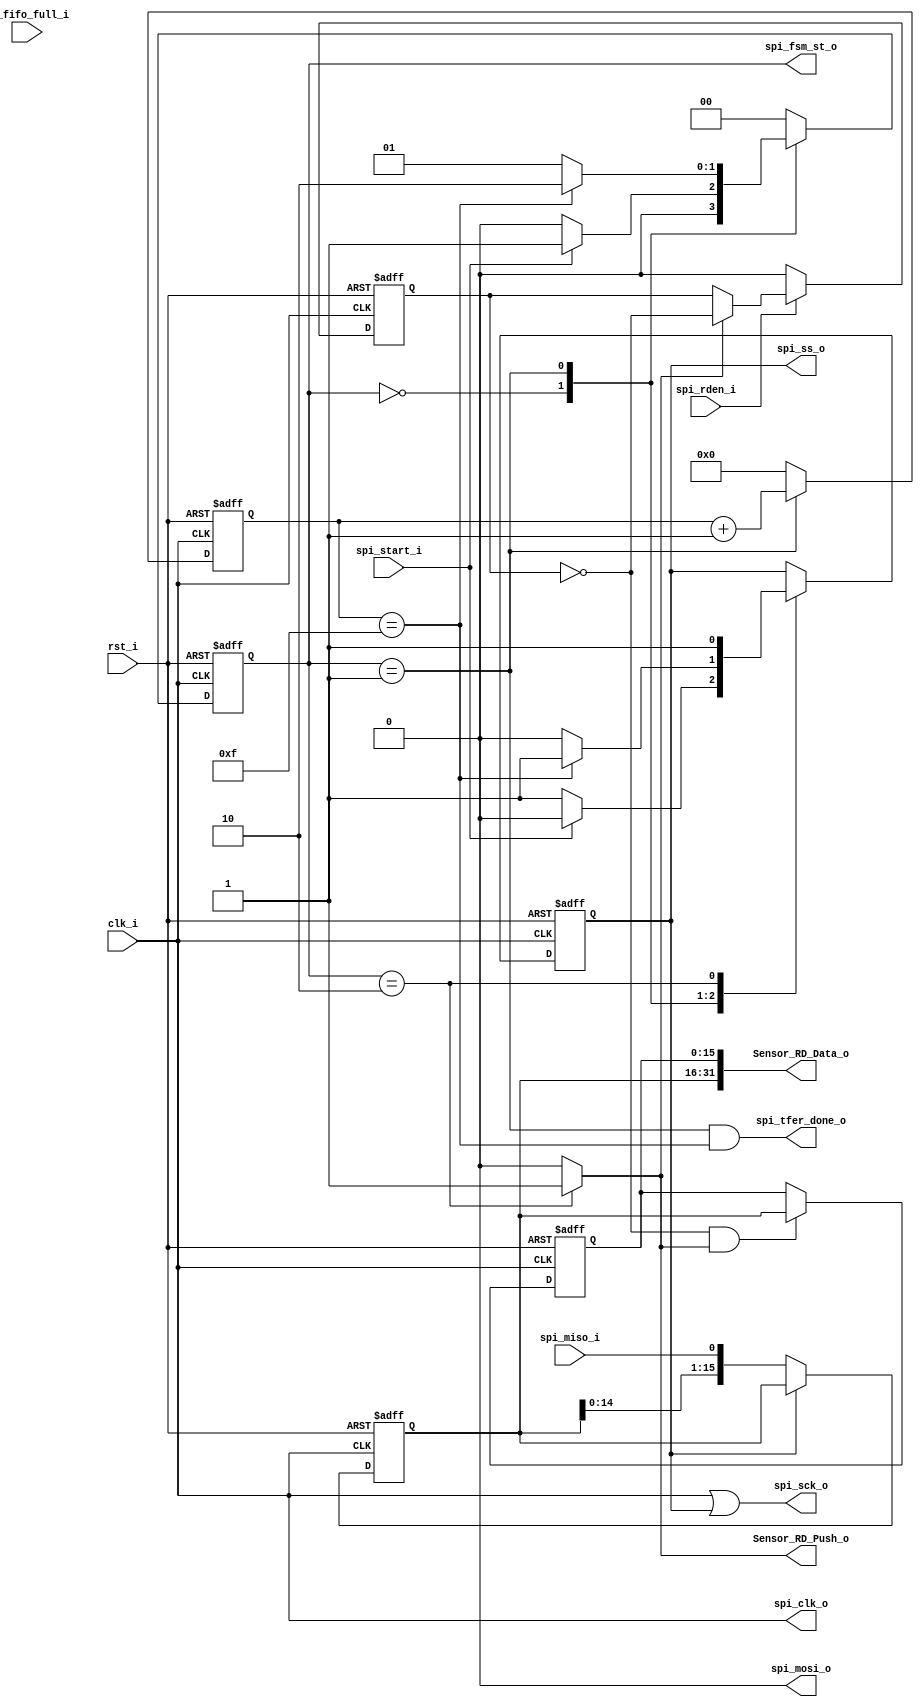
// -----------------------------------------------------------------------------
// title          : AL4S3B Fabric Intel VGA sample IP Module
// project        : Tamar2 Device
// -----------------------------------------------------------------------------
// company        : QuickLogic Corp
// platform       : ArcticLink 4 S3B
// standard       : Verilog 2001
// -----------------------------------------------------------------------------
// description: 
// -----------------------------------------------------------------------------
// copyright (c) 2018
// -----------------------------------------------------------------------------
// revisions  :
// date            version     author               description
// 2019/03/07      1.0        Rakesh Moolacheri    Initial Release
// -----------------------------------------------------------------------------
// Comments: This solution is specifically for use with the QuickLogic
//           AL4S3B device. 
// -----------------------------------------------------------------------------
//

`timescale 1ns / 10ps

module Serializer_Deserializer ( 

			clk_i,          
			rst_i,   

			//sensor_wr_dat_i,  
			spi_start_i, 
			spi_rden_i,
			spi_tfer_done_o,  
			
			spi_ss_o,        
			spi_sck_o,        
			spi_mosi_o,       
			spi_miso_i,  

			spi_clk_o,
			
			spi_fsm_st_o,
			
			rx_fifo_full_i,   
			Sensor_RD_Data_o, 
			Sensor_RD_Push_o      

			);
			
			
input			clk_i;
input			rst_i;

//input	[7:0]	sensor_wr_dat_i;
input			spi_start_i; 
input			spi_rden_i;
output			spi_tfer_done_o;

output			spi_ss_o;
output			spi_sck_o;
output			spi_mosi_o;
input	    	spi_miso_i;

input			rx_fifo_full_i;
output	[31:0]	Sensor_RD_Data_o;
output			Sensor_RD_Push_o;

output 			spi_clk_o;

output    [1:0]	spi_fsm_st_o;

wire			clk_i;
wire			rst_i;

//wire	[7:0]	sensor_wr_dat_i;
wire			spi_start_i;
wire			spi_rden_i;
wire			spi_tfer_done_o;

wire			spi_ss_o;
wire			spi_sck_o;
wire			spi_mosi_o;
wire	    	spi_miso_i;

wire			rx_fifo_full_i;
wire	[31:0]	Sensor_RD_Data_o;
wire			Sensor_RD_Push_o; 

reg	    [3:0]	bit_count; 

//reg	    [15:0]	Shift_Reg; 
//wire    [15:0]	SPIDR;

reg	    [15:0]	read_fifo_receive_data;
reg	    [15:0]	read_fifo_receive_data_l;

reg 			SS_bar; 
reg 			toggle_r;

wire 			Baud_Rate; 

wire 			spi_clk_o; 
wire 			spi_done;

//reg 			Sensor_RD_Push_r;
//wire			Sensor_RD_Push;

wire    [1:0]	spi_fsm_st_o;


reg [1:0] FSM_spi_state;
parameter IDLE_ST = 0;
parameter Transmit_ST = 1; 
parameter Done_ST = 2;

//gclkbuff u_gclkbuff_spi_clk ( .A(Baud_Rate_r ) , .Z(Baud_Rate) );
assign Baud_Rate = clk_i;

assign spi_fsm_st_o = FSM_spi_state;

assign spi_clk_o = Baud_Rate;
//assign spi_mosi_o = Shift_Reg[15]; 
assign spi_mosi_o = 1'b0;
assign spi_ss_o = SS_bar;
//assign spi_sck_o = (Baud_Rate & (~SS_bar));
assign spi_sck_o = (Baud_Rate | SS_bar);

//assign spi_tfer_done_o = (FSM_spi_state == Done_ST)? 1'b1: 1'b0;
assign spi_tfer_done_o = (FSM_spi_state == Transmit_ST) && (bit_count == 4'hF);

assign Sensor_RD_Data_o = {read_fifo_receive_data, read_fifo_receive_data_l};
//assign Sensor_RD_Push_o   = (toggle_r & spi_done);
assign Sensor_RD_Push_o   = spi_done;

/*
assign Sensor_RD_Push_o = (Sensor_RD_Push & ~Sensor_RD_Push_r);

always @( posedge clk_i or posedge rst_i ) 
begin
    if (rst_i)
    begin
	    Sensor_RD_Push_r   <= 1'b0;
	end
	else
	begin
		Sensor_RD_Push_r   <= Sensor_RD_Push;
	end
end	
*/

always @ (posedge Baud_Rate or posedge rst_i)
begin
	if(rst_i)
		bit_count <= 4'h0;
	else
        if(FSM_spi_state== Transmit_ST)
			bit_count <= bit_count + 1;	
		else 
			bit_count <= 4'h0; 
end


// SPI state machine	
always @ (posedge Baud_Rate or posedge rst_i)
begin
	if(rst_i) begin
				FSM_spi_state <= IDLE_ST;
				SS_bar		  <= 1'b1;
	          end
	else begin
		case (FSM_spi_state)
		IDLE_ST :     begin  
						if(spi_start_i) 
						begin
							FSM_spi_state <= Transmit_ST; 
							SS_bar		  <= 1'b0;
						end
						else
						begin
							FSM_spi_state <= IDLE_ST;
							SS_bar		  <= 1'b1;
						end
					  end
					
		Transmit_ST : begin
						if(bit_count == 4'hF) 
						begin
							FSM_spi_state <= Done_ST;
							SS_bar		  <= 1'b1;
						end
						else 
						begin
							FSM_spi_state <= Transmit_ST;
							SS_bar		  <= 1'b0;
						end
					  end
					
		Done_ST : 	  begin
							FSM_spi_state <= IDLE_ST;
							SS_bar		  <= 1'b1;
					  end
					
					default:FSM_spi_state <= IDLE_ST;
					
		endcase
	end
end

always @ ( negedge Baud_Rate or posedge rst_i)    
begin	
	if(rst_i)
		read_fifo_receive_data <= 16'h0;
	else 
	   if (SS_bar == 1'b0)
			read_fifo_receive_data <= {read_fifo_receive_data[14:0], spi_miso_i}; 
	   else
			read_fifo_receive_data <= read_fifo_receive_data; 
end

/*
assign SPIDR = {sensor_wr_dat_i, 8'h0};
always @ (negedge Baud_Rate or posedge rst_i)
begin
	if(rst_i)
		Shift_Reg <= 16'h0;
	else 
	  if (spi_start_i)
	     Shift_Reg <= SPIDR;
	  else if (FSM_spi_state == Transmit_ST)
		Shift_Reg <= {Shift_Reg[14:0], Shift_Reg[15]};
	  else
	    Shift_Reg <=  Shift_Reg;
end	
*/	

assign spi_done = (FSM_spi_state == Done_ST)? 1'b1: 1'b0;

always @( posedge Baud_Rate or posedge rst_i ) 
begin
    if (rst_i)
	    toggle_r   <= 1'b0;
	else
	    if (spi_rden_i == 1'b0)
		    toggle_r   <= 1'b0;
		else if (spi_done == 1'b1)
			toggle_r   <= ~toggle_r;
		else
			toggle_r   <= toggle_r;
end	

always @( posedge Baud_Rate or posedge rst_i ) 
begin
    if (rst_i)
	    read_fifo_receive_data_l  <= 16'h0;
	else
	    if (~toggle_r & spi_done)
		    read_fifo_receive_data_l  <= read_fifo_receive_data;
		else
			read_fifo_receive_data_l  <= read_fifo_receive_data_l;
end	

endmodule